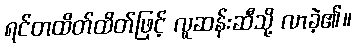
ရင်တထိတ်ထိတ်ဖြင့် လူဆန်းဆီသို့ လာခဲ့၏။